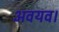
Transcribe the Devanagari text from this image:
अवयव।